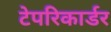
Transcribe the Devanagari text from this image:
टेपरिकार्डर